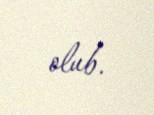
olub.